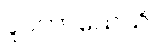
ဝူပကာသေသိ